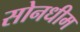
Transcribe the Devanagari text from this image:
सोनधीम